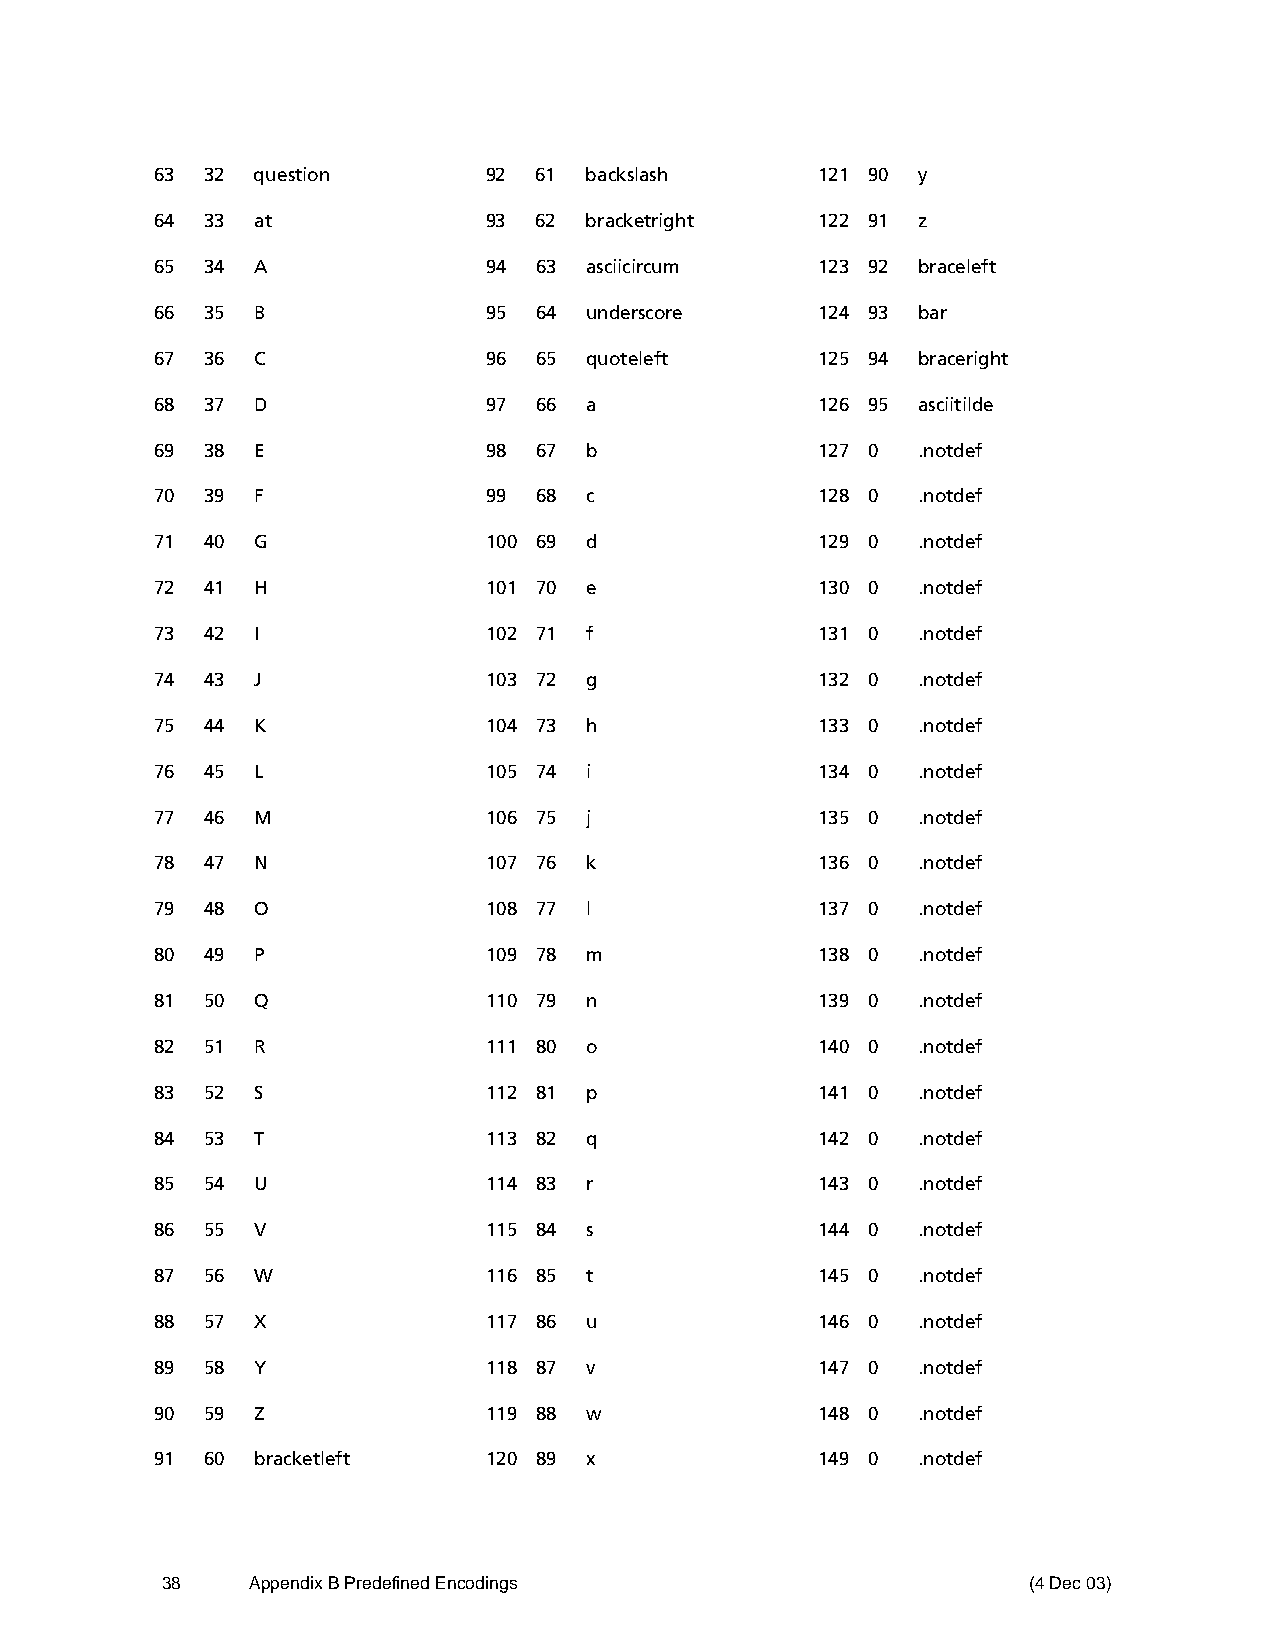
63  32 question       92 61  backslash      121 90 y
 64  33 at             93 62  bracketright   122 91 z
 65  34 A              94 63  asciicircum    123 92 braceleft
 66  35 B              95 64  underscore     124 93 bar
 67  36 C              96 65  quoteleft      125 94 braceright
 68  37 D              97 66  a              126 95 asciitilde
 69  38 E              98 67  b              127 0  .notdef
 70  39 F              99 68  c              128 0  .notdef
 71  40 G              100 69 d              129 0  .notdef
 72  41 H              101 70 e              130 0  .notdef
 73  42 I              102 71 f              131 0  .notdef
 74  43 J              103 72 g              132 0  .notdef
 75  44 K              104 73 h              133 0  .notdef
 76  45 L              105 74 i              134 0  .notdef
 77  46 M              106 75 j              135 0  .notdef
 78  47 N              107 76 k              136 0  .notdef
 79  48 O              108 77 l              137 0  .notdef
 80  49 P              109 78 m              138 0  .notdef
 81  50 Q              110 79 n              139 0  .notdef
 82  51 R              111 80 o              140 0  .notdef
 83  52 S              112 81 p              141 0  .notdef
 84  53 T              113 82 q              142 0  .notdef
 85  54 U              114 83 r              143 0  .notdef
 86  55 V              115 84 s              144 0  .notdef
 87  56 W              116 85 t              145 0  .notdef
 88  57 X              117 86 u              146 0  .notdef
 89  58 Y              118 87 v              147 0  .notdef
 90  59 Z              119 88 w              148 0  .notdef
 91  60 bracketleft    120 89 x              149 0  .notdef
 38    Appendix B Predefined Encodings                    (4 Dec 03)